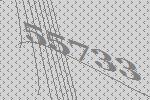
55733